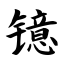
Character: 镱